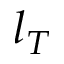
l _ { T }